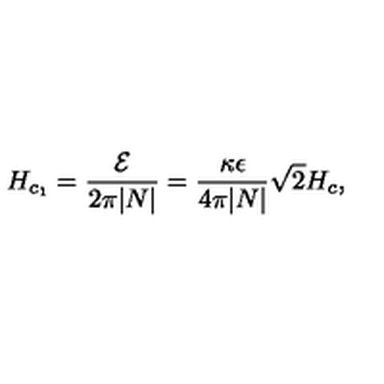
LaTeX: H _ { c _ { 1 } } = { \frac { \cal E } { 2 \pi | N | } } = { \frac { \kappa \epsilon } { 4 \pi | N | } } \sqrt { 2 } H _ { c } ,